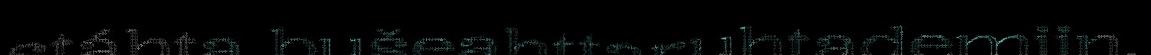
stáhta bušeahttaruhtademiin.